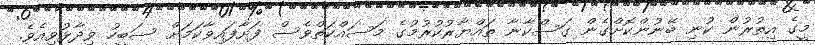
މީގެ އިތުރުން ކުނި ބޭނުންކޮށްގެން ގަސްކާނާ ތައްޔާރުކުރުމުގެ މަސައްކަތްވެސް ފަށާފައިވާކަމަށް ސަބީހު ވިދާޅުވިއެވެ.